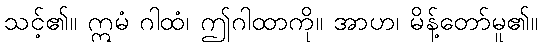
သင့်၏။ ဣမံ ဂါထံ၊ ဤဂါထာကို။ အာဟ၊ မိန့်တော်မူ၏။